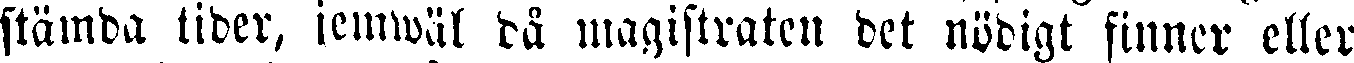
stämda tider, jemwäl då magistraten det nödigt finner eller